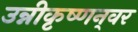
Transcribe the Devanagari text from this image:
उन्नीकृष्णन्‌वर